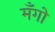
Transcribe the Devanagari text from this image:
मँगो